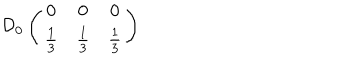
LaTeX: \mathcal { D } _ { 0 } \left( \begin{array} { c c c } { { 0 } } & { { 0 } } & { { 0 } } \\ { { \frac { 1 } { 3 } } } & { { \frac { 1 } { 3 } } } & { { \frac { 1 } { 3 } } } \\ \end{array} \right)